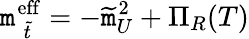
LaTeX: \mathtt{m}_{\; \widetilde{{t}}}^{\mathrm{{eff}}}=-\widetilde{{\mathtt{m}}}_{U}^{2}+\Pi_{R}(T)